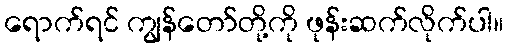
ရောက်ရင် ကျွန်တော်တို့ကို ဖုန်းဆက်လိုက်ပါ။